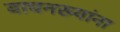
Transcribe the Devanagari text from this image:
वाघनख्यांना